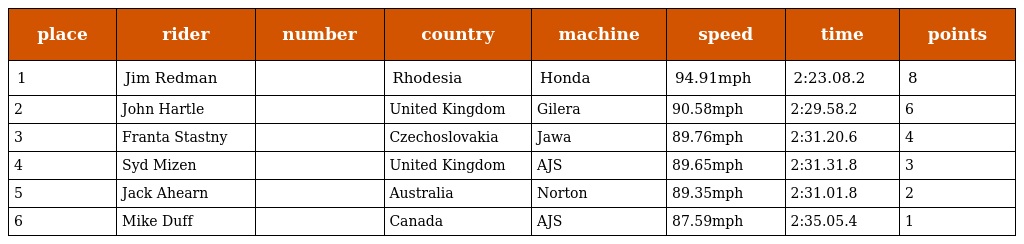
| place | rider | number | country | machine | speed | time | points |
 | --- | --- | --- | --- | --- | --- | --- | --- |
 | 1 | Jim Redman |  | Rhodesia | Honda | 94.91mph | 2:23.08.2 | 8 |
 | 2 | John Hartle |  | United Kingdom | Gilera | 90.58mph | 2:29.58.2 | 6 |
 | 3 | Franta Stastny |  | Czechoslovakia | Jawa | 89.76mph | 2:31.20.6 | 4 |
 | 4 | Syd Mizen |  | United Kingdom | AJS | 89.65mph | 2:31.31.8 | 3 |
 | 5 | Jack Ahearn |  | Australia | Norton | 89.35mph | 2:31.01.8 | 2 |
 | 6 | Mike Duff |  | Canada | AJS | 87.59mph | 2:35.05.4 | 1 |